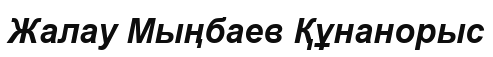
Жалау Мыңбаев Құнанорыс